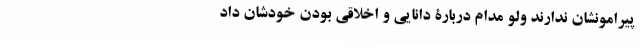
پیرامونشان ندارند ولو مدام دربارۀ دانایی و اخلاقی بودن خودشان داد